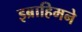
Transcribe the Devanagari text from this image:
इब्राहिमने